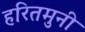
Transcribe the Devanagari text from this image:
हरितमुनी